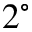
2 ^ { \circ }